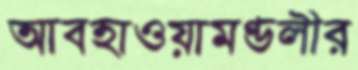
আবহাওয়ামণ্ডলীর